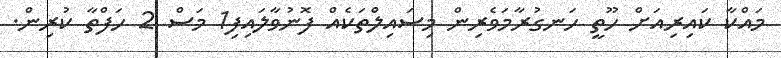
މައްކާ ކައިރިއަށް ހޫތީ ހަނގުރާމަވެރިން މިސައިލްތަކެއް ފޮނުވާލައިފި1 މަސް 2 ހަފްތާ ކުރިން.